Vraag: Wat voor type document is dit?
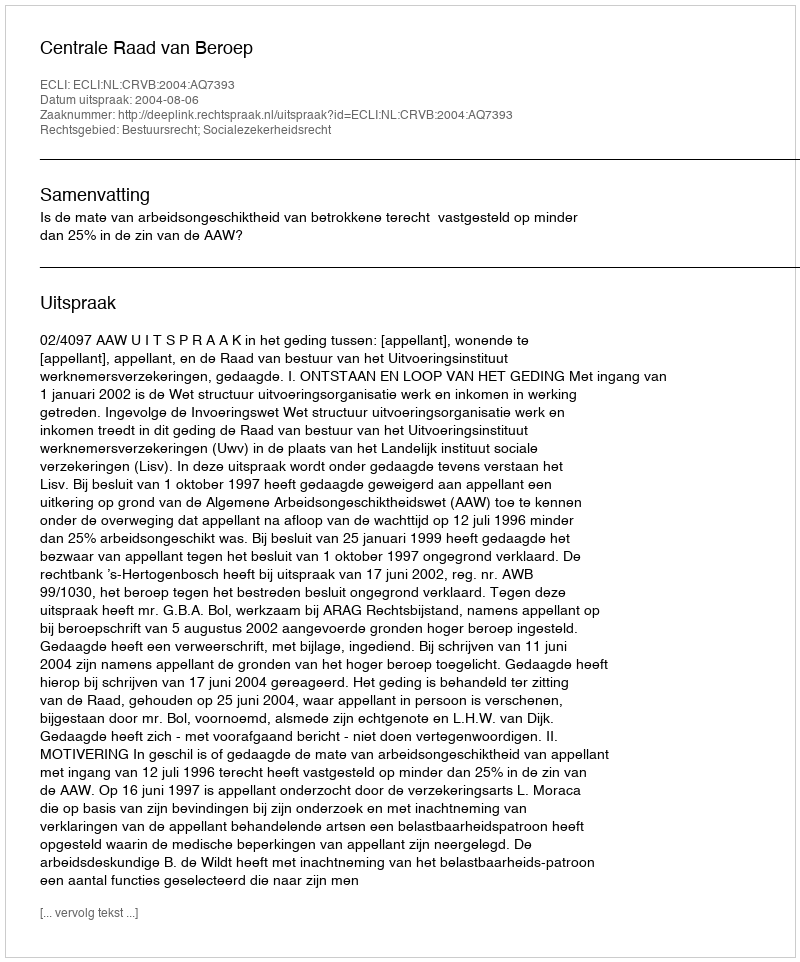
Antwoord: Uitspraak